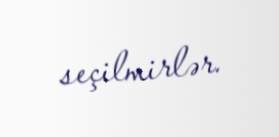
seçilmirlər.